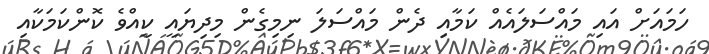
ހަމައަށް އައި މައްސަލައެއް ކަމާއި ދެން މައްސަލަ ނިމިގެން މިދިޔައީ ކީއްވެ ކޮންކަމަކާއި